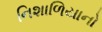
નિશાળિયાનો